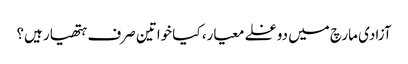
آزادی مارچ میں دوغلے معیار، کیا خواتین صرف ہتھیار ہیں؟